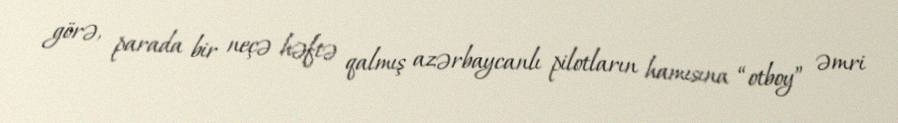
görə, parada bir neçə həftə qalmış azərbaycanlı pilotların hamısına “otboy” əmri